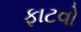
ફાટવો